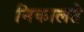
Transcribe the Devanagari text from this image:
निकालते